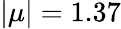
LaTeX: |\mu|=1.37